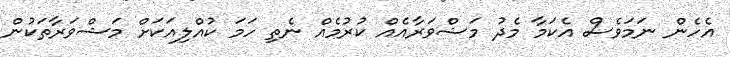
އެހެން ނަމަވެސް އެކަމާ މެދު މަޝްވަރާއެއް ކުރުމެއް ނެތި ހަމަ ކުއްލިއަކަށް މަޝްވަރާތަކުން